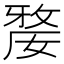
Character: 𡠉